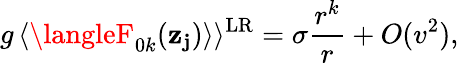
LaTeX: g\, \langle\langleF_{0k}(\mathbf{z}_{\mathbf{j}})\rangle\rangle^{\mathrm{{LR}}}=\sigma\frac{{r^{k}}}{{r}}+O(v^{2}),